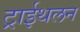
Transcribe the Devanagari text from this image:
ट्राईथलन